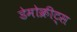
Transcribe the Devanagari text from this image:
डेमोक्रीट्स